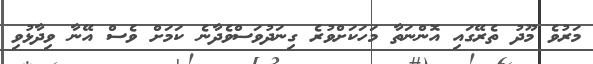
މަރުވެ މޫދު ތެރޭގައި އޮންނަތާ މަހަކަށްވުރެ ގިނަދުވަސްވެދާނެ ކަމަށް ވެސް އޭނާ ވިދާޅުވި